Annual statistical returns and brief notes on vaccination in Bengal - 1896-1909
Year: 1896
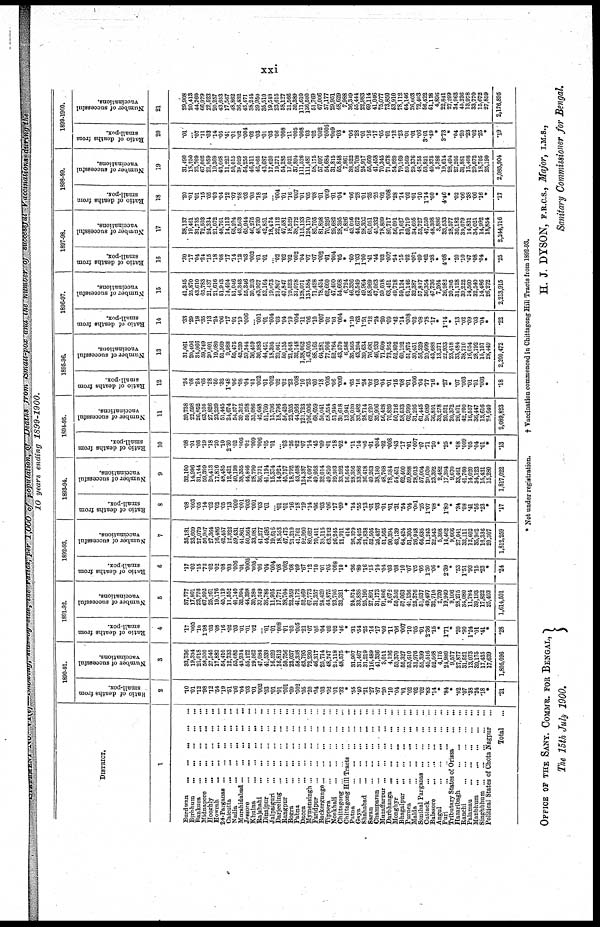
xxi
STATEMENT No. VI(c)—Showing, State-by-State the ratio, per 1,000 of population, of Deaths from Small-pox and the number of successful Vaccinations during the
10 years ending 1899-1900.
DISTRICT.
1
Burdwan
...
...
...
...
...
Birbhum
...
...
...
...
...
Bankura ... ... ... ... ...
Midnapore ... ... ... ... ...
Hooghly
...
...
...
...
...
Howrah
...
...
...
...
...
24-Parganas ... ... ... ... ...
Calcutta
...
...
...
...
...
Nadia
...
...
...
...
...
Murshidabad
...
...
...
...
...
Jessore
...
...
...
...
...
Khulna
...
...
...
...
...
Rajshahi
...
...
...
...
...
Dinajpur
...
...
...
...
...
Jalpaiguri
...
...
...
...
...
Darjeeling
...
...
...
...
...
Rangpur
...
...
...
...
...
Bogra
...
...
...
...
...
Pabna
...
...
...
...
...
Dacca
...
...
...
...
...
Mymensingh
...
...
...
...
...
Faridpur
...
...
...
...
...
Backergunge
...
...
...
...
...
Tippera
...
...
...
...
...
Noakhali
...
...
...
...
...
Chittagong
...
...
...
...
...
Chittagong Hill Tracts
...
...
...
Patna
...
...
...
...
...
Gaya
...
...
...
...
...
Shahabad
...
...
...
...
...
Saran
...
...
...
...
...
Champaran ... ... ... ... ...
Muzaffarpur
...
...
...
...
...
Darbhanga
...
...
...
...
...
Monghyr
...
...
...
...
...
Bhagalpur
...
...
...
...
...
Purnea
...
...
...
...
...
Malda
...
...
...
...
...
Sonthal Parganas
...
...
...
...
Cuttack
...
...
...
...
...
Balasore
...
...
...
...
...
Angul
...
...
...
...
...
Puri
...
...
...
...
...
Tributary States of Orissa
...
...
Hazaribagh
...
...
...
...
Ranchi
...
...
...
...
...
Palamau
...
...
...
...
...
Manbhum
...
...
...
...
...
Singhbhum
...
...
...
...
...
Political States of Chota Nagpur ...
Total ...
1890-91.
Ratio
of deaths from
small-pox.
2
.10
.01
.12
.98
.12
.54
.19
.51
.06
.04
.03
.01
.002
.03
.01
.01
.001
.09
.002
.05
.20
.04
.03
.02
.01
.32
*
.55
.40
.21
.27
.87
.20
.10
.04
.01
.02
.02
.02
.83
.14
*
.84
*
.02
.07
.38
.24
.18
*
.21
Number of successful
vaccinations.
3
33,736
19,334
21,018
58,300
27,545
17,882
54,410
12,733
55,085
43,934
55,122
29,562
47,084
41,539
16,529
16,813
50,756
23,037
58,338
63,795
72,230
46,317
25,714
48,747
24,118
48,575
†
31,907
31,467
31,219
116,489
41,336
3,011
4,196
53,370
55,327
53,610
31,976
55,399
45,516
52,568
4,175
24,980
9,577
27,877
31,521
13,073
39,175
17,435
17,639
1,805,096
1891-92.
Ratio of deaths from
small-pox.
4
.17
.005
.10
1.98
.03
.08
.16
.02
.03
.01
.01
.02
...
.01
.01
.008
.01
.03
.005
.21
.07
.05
.04
.02
.02
.46
*
.31
.54
.25
.14
.17
.09
.11
.06
.007
.10
.05
.01
2.36
.15
*
1.71
*
.20
.90
1.24
.01
.41
*
.28
Number of successful
vaccinations.
5
37,777
17,801
23,776
67,992
25,261
19,176
45,119
11,552
41,140
32,994
44,398
30,280
37,249
36,786
11,905
17,771
38,704
22,959
41,172
52,469
67,773
31,357
24,429
44,875
23,795
32,321
†
24,574
33,838
25,199
27,891
31,173
91,806
3,672
50,366
57,063
41,136
25,376
51,037
49,497
32,710
2,720
19,949
9,106
28,275
34,080
11,784
39,193
17,822
25,403
1,614,501
1892-93.
Ratio
of deaths from
small-pox.
6
.17
.02
.15
.72
.02
.02
.08
.03
.006
.01
.0005
.005
.06
.04
.004
.08
.003
.08
.09
.67
.12
.10
.01
.03
.008
.10
*
.36
.80
.16
.15
.14
.04
.03
.08
.10
.07
.05
.05
1.30
.06
*
2.39
*
.53
1.51
.93
.15
.23
*
.24
Number of successful
vaccinations.
7
35,181
23,609
27,079
56,907
27,364
16,486
42,457
12,322
59,431
41,861
50,564
33,081
41,277
44,496
19,616
18,553
47,475
21,219
41,761
92,990
80,627
70,411
35,115
63,232
26,245
21,911
414
26,379
34,425
21,838
52,505
25,437
51,565
90,394
43,139
64,424
51,305
26,948
64,635
11,243
22,543
5,308
14,462
9,666
27,041
32,111
12,602
35,962
16,336
20,307
1,812,259
1893-94.
Ratio of deaths from
small-pox.
8
.08
.003
.05
.14
.02
.02
.05
.13
.009
.001
.003
.001
.03
.01
...
.01
.01
.16
.18
.19
.14
.06
.03
.06
.17
.09
*
.14
.55
.13
.01
.03
.01
.01
.31
.54
.04
.001
.25
1.07
.08
*
1.80
*
.34
.08
.41
.56
.23
*
.17
Number of successful
vaccinations.
9
32,100
14,996
31,144
59,399
20,413
17,816
48,485
12,421
40,198
38,355
44,846
28,790
36,731
41,194
15,374
14,924
45,757
18,792
43,408
124,387
74,097
49,958
32,014
49,810
29,303
33,592
16,564
28,356
33,986
36,418
49,263
38,180
48,768
78,384
54,451
62,400
59,888
28,013
57,004
20,030
23,392
2,482
17,394
9,670
33,461
41,760
14,020
34,123
15,431
15,280
1,817,022
1894-95.
Ratio of deaths from
small-pox.
10
.08
.01
.08
.19
.18
.20
.10
2.30
.02
.005
.02
.009
.006
.05
.01
...
.03
.26
.02
.07
.14
.45
.09
.01
.18
.02
*
.11
.14
.05
.01
.004
.02
.008
.43
.17
.01
.007
.07
.71
.20
*
.25
*
.08
.009
.05
.04
.01
*
.13
Number of successful
vaccinations.
11
39,738
22,598
26,852
63,105
27,826
23,239
51,445
24,674
54,577
39,322
59,208
33,086
42,648
51,760
15,706
18,796
56,420
23,205
44,966
121,723
106,006
68,659
50,041
58,554
51,940
30,618
13,941
26,020
33,482
28,714
62,220
35,906
56,428
70,820
50,716
58,533
62,999
31,295
61,445
20,089
36,801
33,278
20,521
20,372
26,071
42,200
16,557
36,447
13,616
24,640
2,089,823
1895-96.
Ratio of deaths from
small-pox.
12
.34
.08
.24
.65
.28
.50
.32
1.48
.06
.08
.04
.01
.002
.01
.002
.02
.02
.23
.008
.10
.23
.60
.18
.005
.06
.009
*
.65
.16
.24
.02
.03
.04
.01
.15
.08
.01
.006
.04
.77
.16
*
.27
*
.07
.003
.01
.01
.003
*
.18
Number of successful
vaccinations.
13
31,061
20,406
34,066
59,749
20,601
19,080
51,569
9,988
55,475
42,239
59,344
36,459
36,983
44,451
18,395
20,041
50,155
21,048
32,148
1,38,062
1,43,005
88,165
64,281
77,906
52,764
43,570
6,586
35,565
43,204
39,634
76,681
46,233
71,609
73,955
52,892
60,192
51,875
30,451
56,529
20,099
43,688
13,271
22,933
23,418
33,484
38,710
16,054
28,792
15,157
28,449
2,200,472
1896-97.
Ratio of deaths from
small-pox.
14
.33
.29
.18
.35
.13
.24
.06
.17
.01
.19
.006
... .001
.01
.004
.03
.04
.19
.004
.11
.06
.10
.007
.01
.01
.004
*
1.10
.63
1.51
.12
.24
.20
.09
.42
.14
.008
.02
.08
.78
.17
*
1.14
*
.13
.02
.09
.03
.04
*
.22
Number of successful
vaccinations.
15
41,345
25,870
43,610
65,783
21,437
21,616
51,943
14,424
51,046
46,343
55,346
30,293
43,957
52,164
19,073
21,867
47,847
19,523
31,078
128,071
134,584
71,428
78,434
62,660
47,490
54,668
6,724
46,336
43,549
49,964
58,969
47,063
59,018
63,451
49,718
59,124
61,146
32,387
57,817
36,354
47,736
7,264
26,982
20,205
31,128
39,222
14,560
32,540
14,486
26,272
2,213,915
1897-98.
Ratio of deaths from
small-pox.
16
.30
.17
.04
.24
.15
.18
.08
.17
.14
.12
.03
.002
.01
.01
...
.02
.02
.02
.002
.04
.07
.07
.002
.01
.004
.05
*
.60
1.03
1.00
.41
.44
.02
.007
.54
.15
.02
.001
.09
.62
.38
*
4.08
*
.20
.10
.47
.08
.04
*
.25
Number of successful
vaccinations.
17
38,137
19,461
31,735
72,503
24,334
21,072
48,761
14,113
65,204
43,563
65,944
46,275
48,739
42,851
18,474
22,112
47,581
18,529
38,772
115,133
124,170
85,705
81,898
70,226
29,682
28,395
5,826
43,056
44,672
28,302
65,051
45,332
78,809
80,717
56,091
71,627
59,719
34,605
53,727
47,550
48,308
3,886
33,533
28,577
30,182
39,079
14,831
34,021
14,992
18,854
2,244,716
1898-99.
Ratio of deaths from
small-pox.
18
.20
.01
.01
.15
.05
.03
.04
.12
.07
.08
.03
.03
.18
.01
...
.004
.01
.16
.007
.01
.05
.08
.01
.009
.01
.04
*
.06
.28
.01
.35
.25
.02
.008
.28
.14
.02
.01
.10
1.14
.60
*
4.46
*
.02
.06
.38
.06
.16
*
.17
Number of successful
vaccinations.
19
31,490
18,250
25,769
67,002
21,959
19,369
43,068
11,223
50,015
38,029
54,255
46,311
46,965
43,687
17,620
19,271
54,285
17,021
37,894
111,526
111,487
58,175
57,097
54,684
31,815
55,848
7,861
38,522
55,708
24,917
55,660
41,458
70,345
71,678
54,920
79,169
59,569
29,376
48,755
53,821
49,375
5,386
19,614
28,494
27,205
31,881
15,408
29,672
18,705
25,190
2,085,904
1899-1900.
Ratio of deaths from
small-pox.
20
.01
...
.07
.11
.03
.14
.05
.41
.01
.02
.004
.02
.03
.01
.03
.06
.008
.11
.005
.008
.03
.02
.002
.0005
.009
.03
*
.06
.28
.01
.16
.17
.05
.01
.12
.23
.01
.01
.06
3.01
.49
*
3.73
*
.04
.20
.23
.02
.25
*
.19
Number of successful
vaccinations.
21
29,908
20,413
44,760
66,979
22,523
20,257
43,653
17,567
48,862
36,432
45,471
38,244
39,950
35,510
19,548
23,615
58,127
21,566
30,389
111,610
136,500
51,769
67,006
57,177
29,951
48,629
7,988
36,349
55,444
22,983
69,114
41,046
75,077
73,850
53,910
78,112
64,146
26,003
72,403
56,422
51,118
4,896
22,841
27,299
34,963
45,236
13,978
33,770
15,672
27,859
2,176,895
* Not under registration.
† Vaccination commenced in Chittagong Hill Tracts from 1892-93.
OFFICE OF THE SANY. COMMR. FOR BENGAL,
The 15th July 1900.
H. J. DYSON, F.R.C.S., Major, I.M.S.,
Sanitary Commissioner for Bengal.